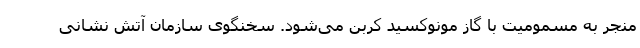
منجر به مسمومیت با گاز مونوکسید کربن می‌شود. سخنگوی سازمان آتش نشانی